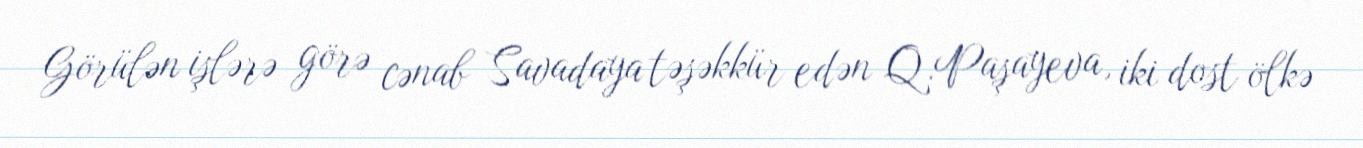
Görülən işlərə görə cənab Savadaya təşəkkür edən Q.Paşayeva, iki dost ölkə